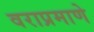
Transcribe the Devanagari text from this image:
वराप्रमाणे